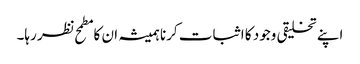
اپنے تخلیقی وجود کا اثبات کرنا ہمیشہ ان کا مطمح نظر رہا۔